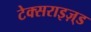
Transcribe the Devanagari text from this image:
टेक्सराइज़्ड